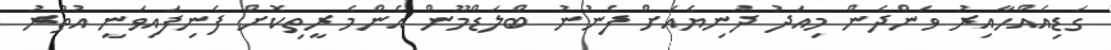
ގަޑިއެއްހާއިރު ވަންދެން މިއަދު ދުނިޔެއަށް ފެނުނު ބްލަޑްމޫން އެންމެ ރީތިކޮށް ފެނިފައިވަނީ އުތުރު